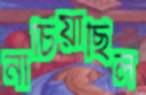
নাচিয়াছিল